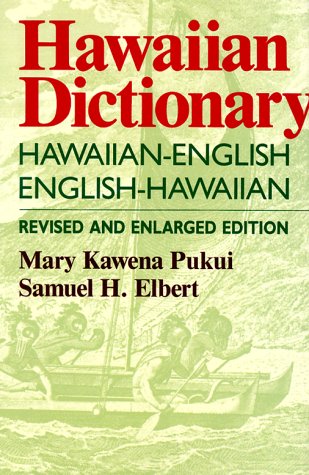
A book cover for Hawaiian Dictionary, Revised & Enlarged Edition; Mary Kawena Pukui; Reference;